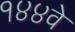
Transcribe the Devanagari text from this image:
१४४वे